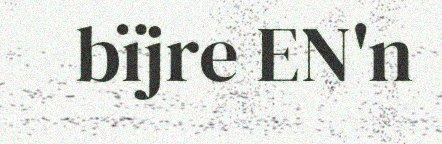
bïjre EN'n